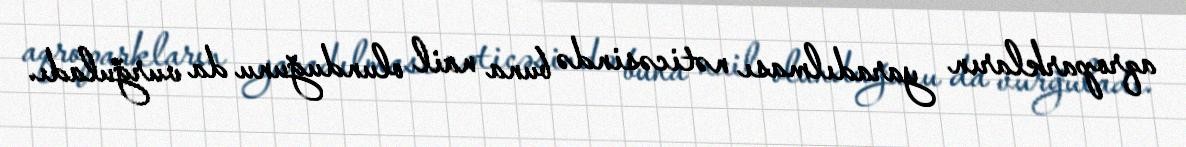
aqroparkların yaradılması nəticəsində buna nail olunduğunu da vurğuladı.